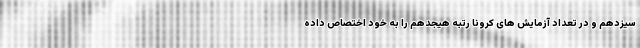
سیزدهم و در تعداد آزمایش های کرونا رتبه هیجدهم را به خود اختصاص داده